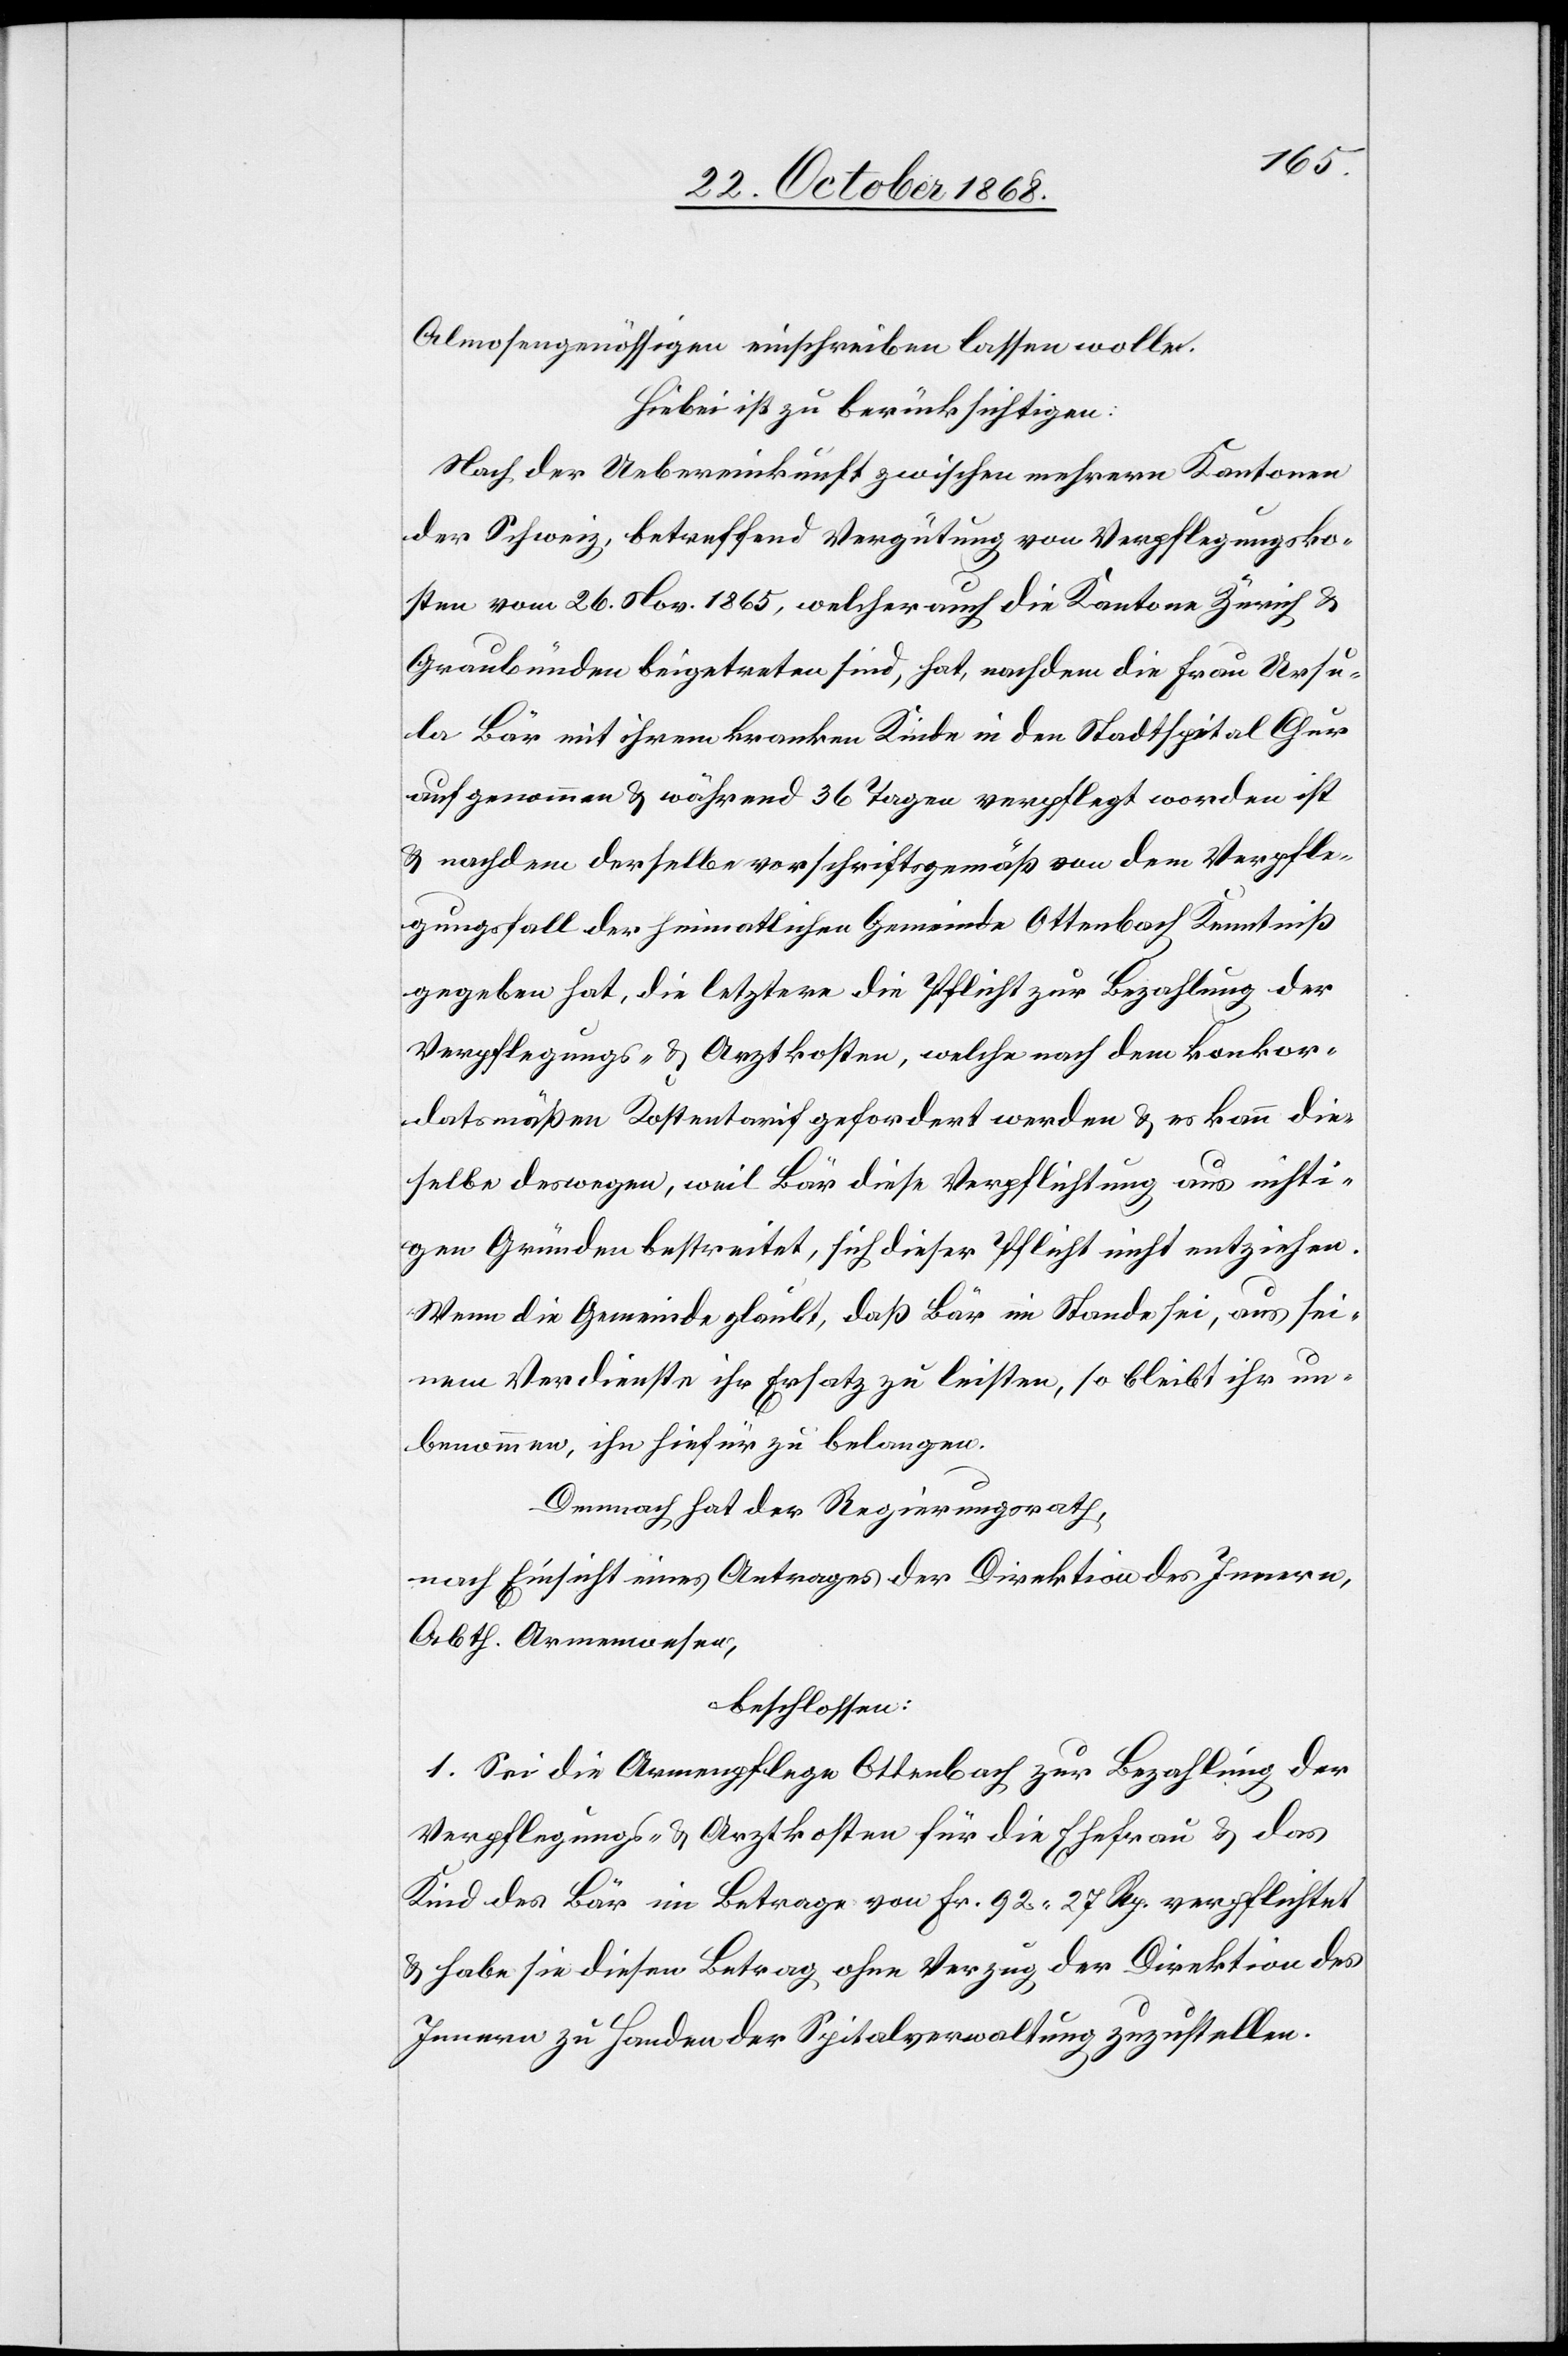
Almosengenössigen einschreiben lassen wolle.
Hiebei ist zu berücksichtigen:
Nach der Uebereinkunft zwischen mehrern Kantonen
der Schweiz, betreffend Vergütung von Verpflegungsko¬
sten vom 26. Nov. 1865, welcher auch die Kantone Zürich &
Graubünden beigetreten sind, hat, nachdem die Frau Ursu¬
la Bär mit ihrem kranken Kinde in den Stadtspital Chur
aufgenommen & während 36 Tagen verpflegt worden ist
& nachdem derselbe vorschriftsgemäß von dem Verpfle¬
gungsfall der heimatlichen Gemeinde Ottenbach Kenntniß
gegeben hat, die letztere die Pflicht zur Bezahlung der
Verpflegungs- & Arztkosten, welche nach dem konkor¬
datsmäß[ig]en Kostentarif gefordert werden & es kann die¬
selbe deswegen, weil Bär diese Verpflichtung aus ni[c]hti¬
gen Gründen bestreitet, sich dieser Pflicht nicht entziehen.
Wenn die Gemeinde glaubt, daß Bär im Stande sei, aus sei¬
nem Verdienste ihr Ersatz zu leisten, so bleibt ihr un¬
benommen, ihn hiefür zu belangen.
Demnach hat der Regierungsrath,
nach Einsicht eines Antrages der Direktion des Innern,
Abth. Armenwesen,
beschlossen:
1. Sei die Armenpflege Ottenbach zur Bezahlung der
Verpflegungs- & Arztkosten für die Ehefrau & das
Kind des Bär im Betrage von Fr. 92 27 Rp. verpflichtet
& habe sie diesen Betrag ohne Verzug der Direktion des
Innern zu Handen der Spitalverwaltung zuzustellen.